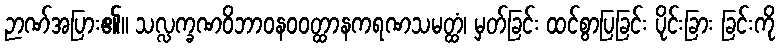
ဉာဏ်အပြား၏။ သလ္လက္ခဏဝိဘာဝနဝဝတ္ထာနကရဏသမတ္ထံ၊ မှတ်ခြင်း ထင်စွာပြခြင်း ပိုင်းခြား ခြင်းကို